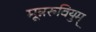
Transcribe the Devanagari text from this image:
मून्नरुवियुम्